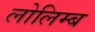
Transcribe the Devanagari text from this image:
लोलिम्ब